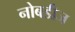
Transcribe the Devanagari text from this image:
नोबडीज